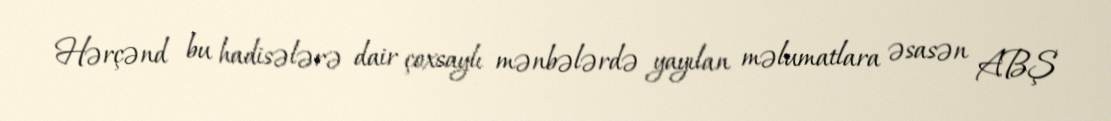
Hərçənd bu hadisələrə dair çoxsaylı mənbələrdə yayılan məlumatlara əsasən ABŞ